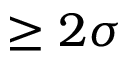
\geq 2 \sigma